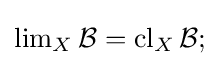
\operatorname {lim} _{X}{\mathcal {B}}=\operatorname {cl} _{X}{\mathcal {B}};